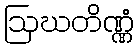
ဩဃတိဏ္ဏံ